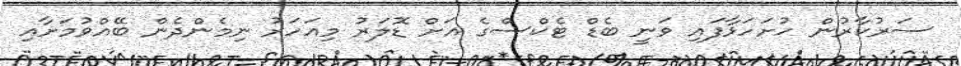
ސަރުކާރުން ހުށަހަޅާފައި ވަނީ ބެޑް ޓެކްސްގެ އަށް ޑޮލަރު މިއަހަރު ނިމެންދެން ބޭއްވުމަށާއި